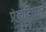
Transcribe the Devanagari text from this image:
प्रेकटिशनर्स